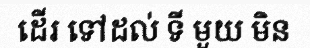
ដើរ ទៅដល់ ទី មួយ មិន